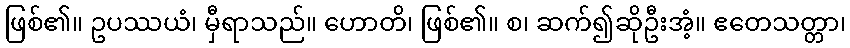
ဖြစ်၏။ ဥပဿယံ၊ မှီရာသည်။ ဟောတိ၊ ဖြစ်၏။ စ၊ ဆက်၍ဆိုဦးအံ့။ ဧတေသတ္တာ၊